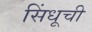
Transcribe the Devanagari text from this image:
सिंधूची